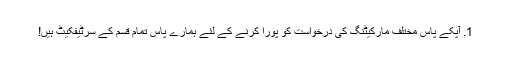
1. آپکے پاس مختلف مارکیٹنگ کی درخواست کو پورا کرنے کے لئے ہمارے پاس تمام قسم کے سرٹیفکیٹ ہیں!